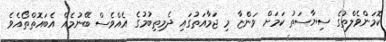
ކޮމަންވެލްތުގެ ސިޔާސަތު ކަމަށް ވަންޏާ މި ޖަމާއަތުގައި ދެމިތިބުމުގެ އެއްވެސް ބޭނުމެއް އެބައޮތްތޯއެވެ